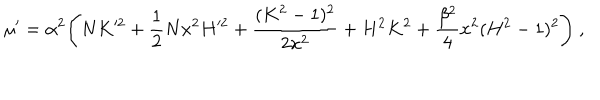
\mu ^ { \prime } = \alpha ^ { 2 } \Biggl ( N K ^ { 2 } + \frac { 1 } { 2 } N x ^ { 2 } H ^ { 2 } + \frac { ( K ^ { 2 } - 1 ) ^ { 2 } } { 2 x ^ { 2 } } + H ^ { 2 } K ^ { 2 } + \frac { \beta ^ { 2 } } { 4 } x ^ { 2 } ( H ^ { 2 } - 1 ) ^ { 2 } \Biggr ) \ ,